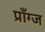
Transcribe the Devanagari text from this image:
प्राँग्ज